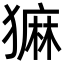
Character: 𬍄